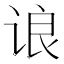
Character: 𬣼